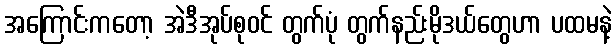
အကြောင်းကတော့ အဲဒီအုပ်စုဝင် တွက်ပုံ တွက်နည်းမိုဒယ်တွေဟာ ပထမနဲ့